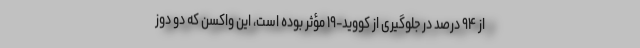
از ۹۴ درصد در جلوگیری از کووید-۱۹ مؤثر بوده است، این واکسن که دو دوز